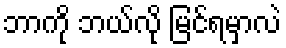
ဘာကို ဘယ်လို မြင်ရမှာလဲ